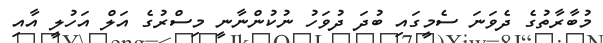
މުބާރާތުގެ ދެވަނަ ސެމީގައި ބުދަ ދުވަހު ނުކުންނާނީ މިސްރުގެ އަލް އަހުލީ އާއި